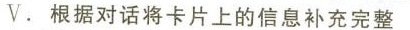
V.根据对话将卡片上的信息补充完整